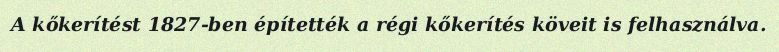
A kőkerítést 1827-ben építették a régi kőkerítés köveit is felhasználva.